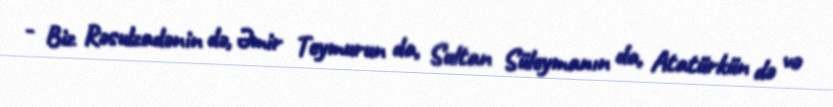
- Biz Rəsulzadənin də, Əmir Teymurun da, Sultan Süleymanın da, Atatürkün də və